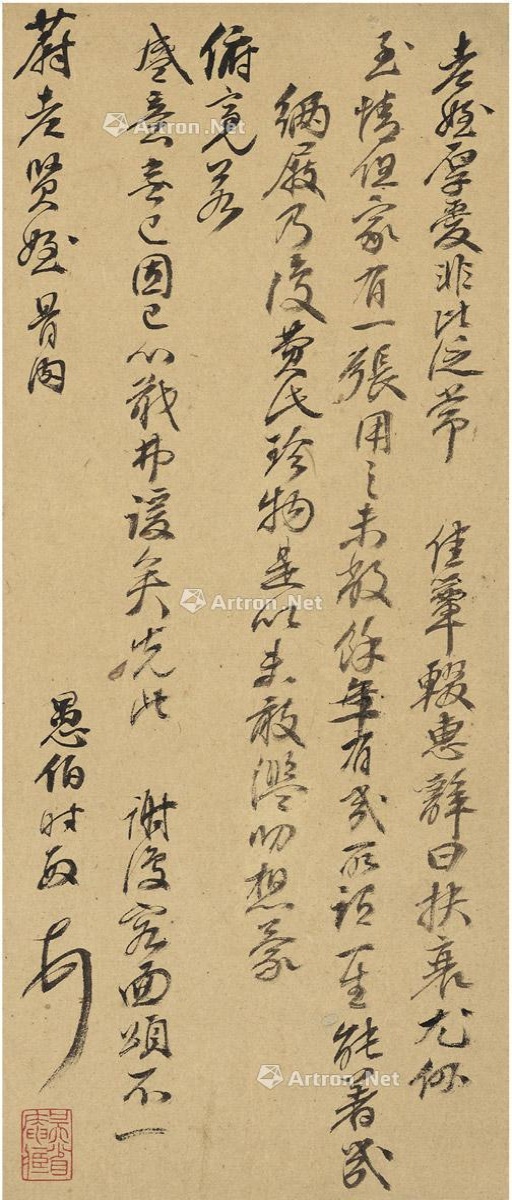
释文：老侄厚爱，非比泛常。佳簟辍惠辞，曰扶衰尤似至情。但家有一张，用之未敝，余年有几，所谓一生能着几緉屐，乃复费此珍物，是以未敢滥叨，想蒙俯亮。若盛意无已，固已心戢弗谖矣。先此谢，复容面颂，不一。蔚老贤侄骨肉。愚伯时敏顿首。吴省庵藏（朱）